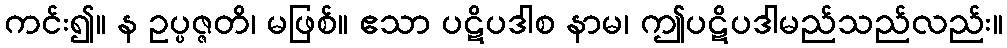
ကင်း၍။ န ဥပ္ပဇ္ဇတိ၊ မဖြစ်။ ဧသာ ပဋိပဒါစ နာမ၊ ဤပဋိပဒါမည်သည်လည်း။